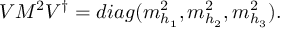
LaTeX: V M ^ { 2 } V ^ { \dagger } = d i a g ( m _ { h _ { 1 } } ^ { 2 } , m _ { h _ { 2 } } ^ { 2 } , m _ { h _ { 3 } } ^ { 2 } ) .